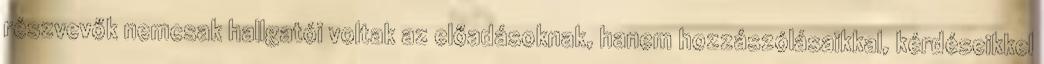
részvevők nemcsak hallgatói voltak az előadásoknak, hanem hozzászólásaikkal, kérdéseikkel